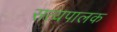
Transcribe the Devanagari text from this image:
सत्यपालक